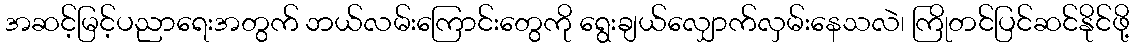
အဆင့်မြင့်ပညာရေးအတွက် ဘယ်လမ်းကြောင်းတွေကို ရွေးချယ်လျှောက်လှမ်းနေသလဲ၊ ကြိုတင်ပြင်ဆင်နိုင်ဖို့